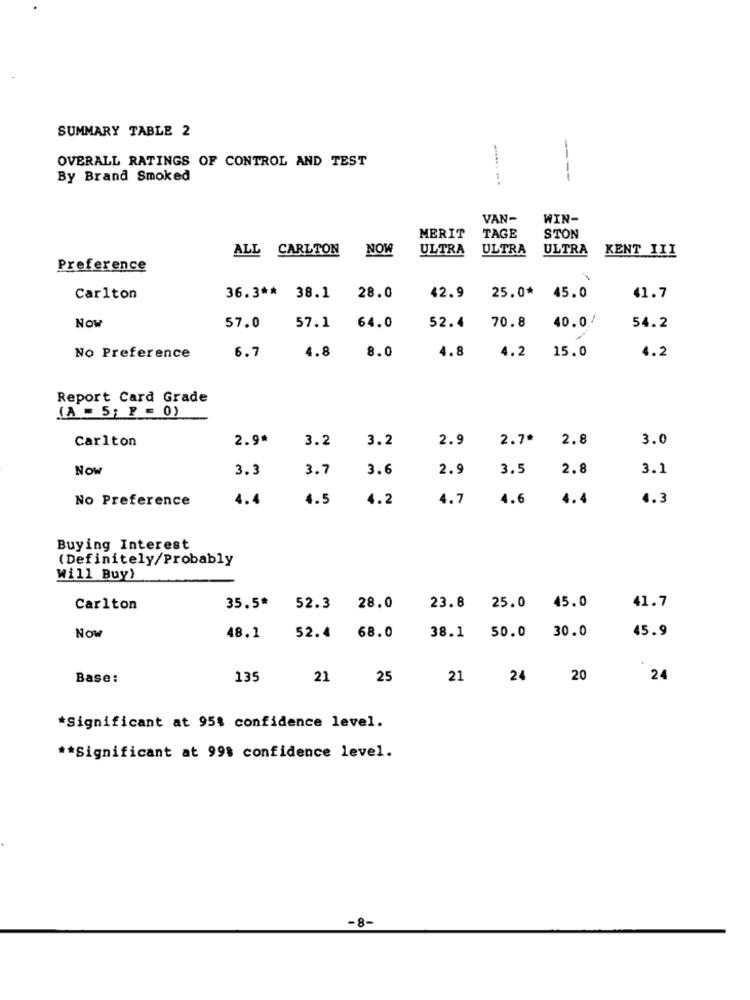
SUMMARY TABLE 2
OVERALL RATINGS OF CONTROL AND TEST
By Brand Smoked
----
VAN-
WIN-
TAGE
MERIT
STON
ALL CARLTON
NOW
ULTRA
ULTRA
ULTRA
KENT III
Preference
Carlton
36.3 ** 38.1
28.0
42.9
25.0* 45.0
41.7
64.0
52.4
70.8
40.0'
54.2
Now
57.0
57.1
4.8
8.0
4.8
No Preference
6.7
4.2
15.0
4.2
Report Card Grade
(A - 5; P = 0)
Carlton
2.9*
3.2
3.2
2.9
2.7*
2.8
3.0
Now
3.3
3.7
3.6
2.9
3.5
2.8
3.1
No Preference
4.4
4.5
4.2
4.7
4.6
4.4
4.3
Buying Interest
(Definitely/Probably
Will Buy)
35.5*
Carlton
52.3
28.0
23.8
25.0
45.0
41.7
30.0
Now
48.1
52.4
68.0
38.1
50.0
45.9
Base:
135
21
25
21 24 20
24
*Significant at 95% confidence level.
** Significant at 998 confidence level.
-8-